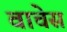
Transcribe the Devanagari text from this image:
वाचेस